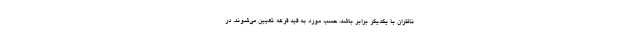
ناظران با یکدیگر برابر باشد، حسب مورد به قید قرعه تعیین می‌شوند. در